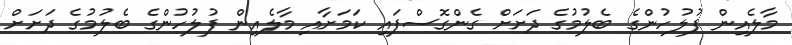
މާލެއިން ފުލުހުންގެ ބެލުމުގެ ދަށަށް ގެންގޮސްފައި ކަމަށާއި މާލެއިން ފުލުހުންގެ ބެލުމުގެ ދަށަށް